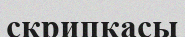
скрипкасы